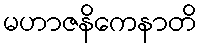
မဟာဇနိကေနာတိ